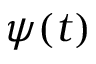
\psi ( t )